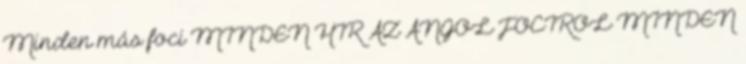
Minden más foci MINDEN HÍR AZ ANGOL FOCIRÓL MINDEN